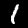
Label: 1